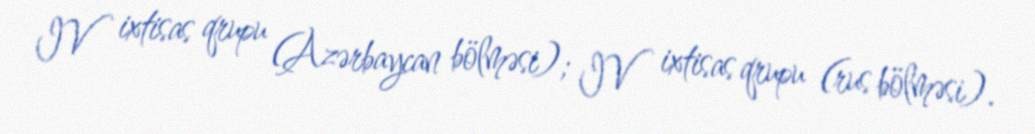
IV ixtisas qrupu (Azərbaycan bölməsi); IV ixtisas qrupu (rus bölməsi).